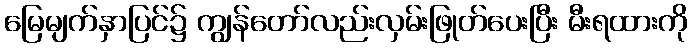
မြေမျက်နှာပြင်၌ ကျွန်တော်လည်းလှမ်းဖြုတ်ပေးပြီး မီးရထားကို